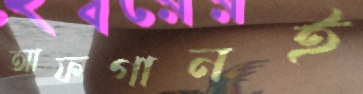
আফগানই